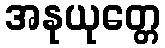
အနုယုတ္တေ